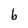
Character: b